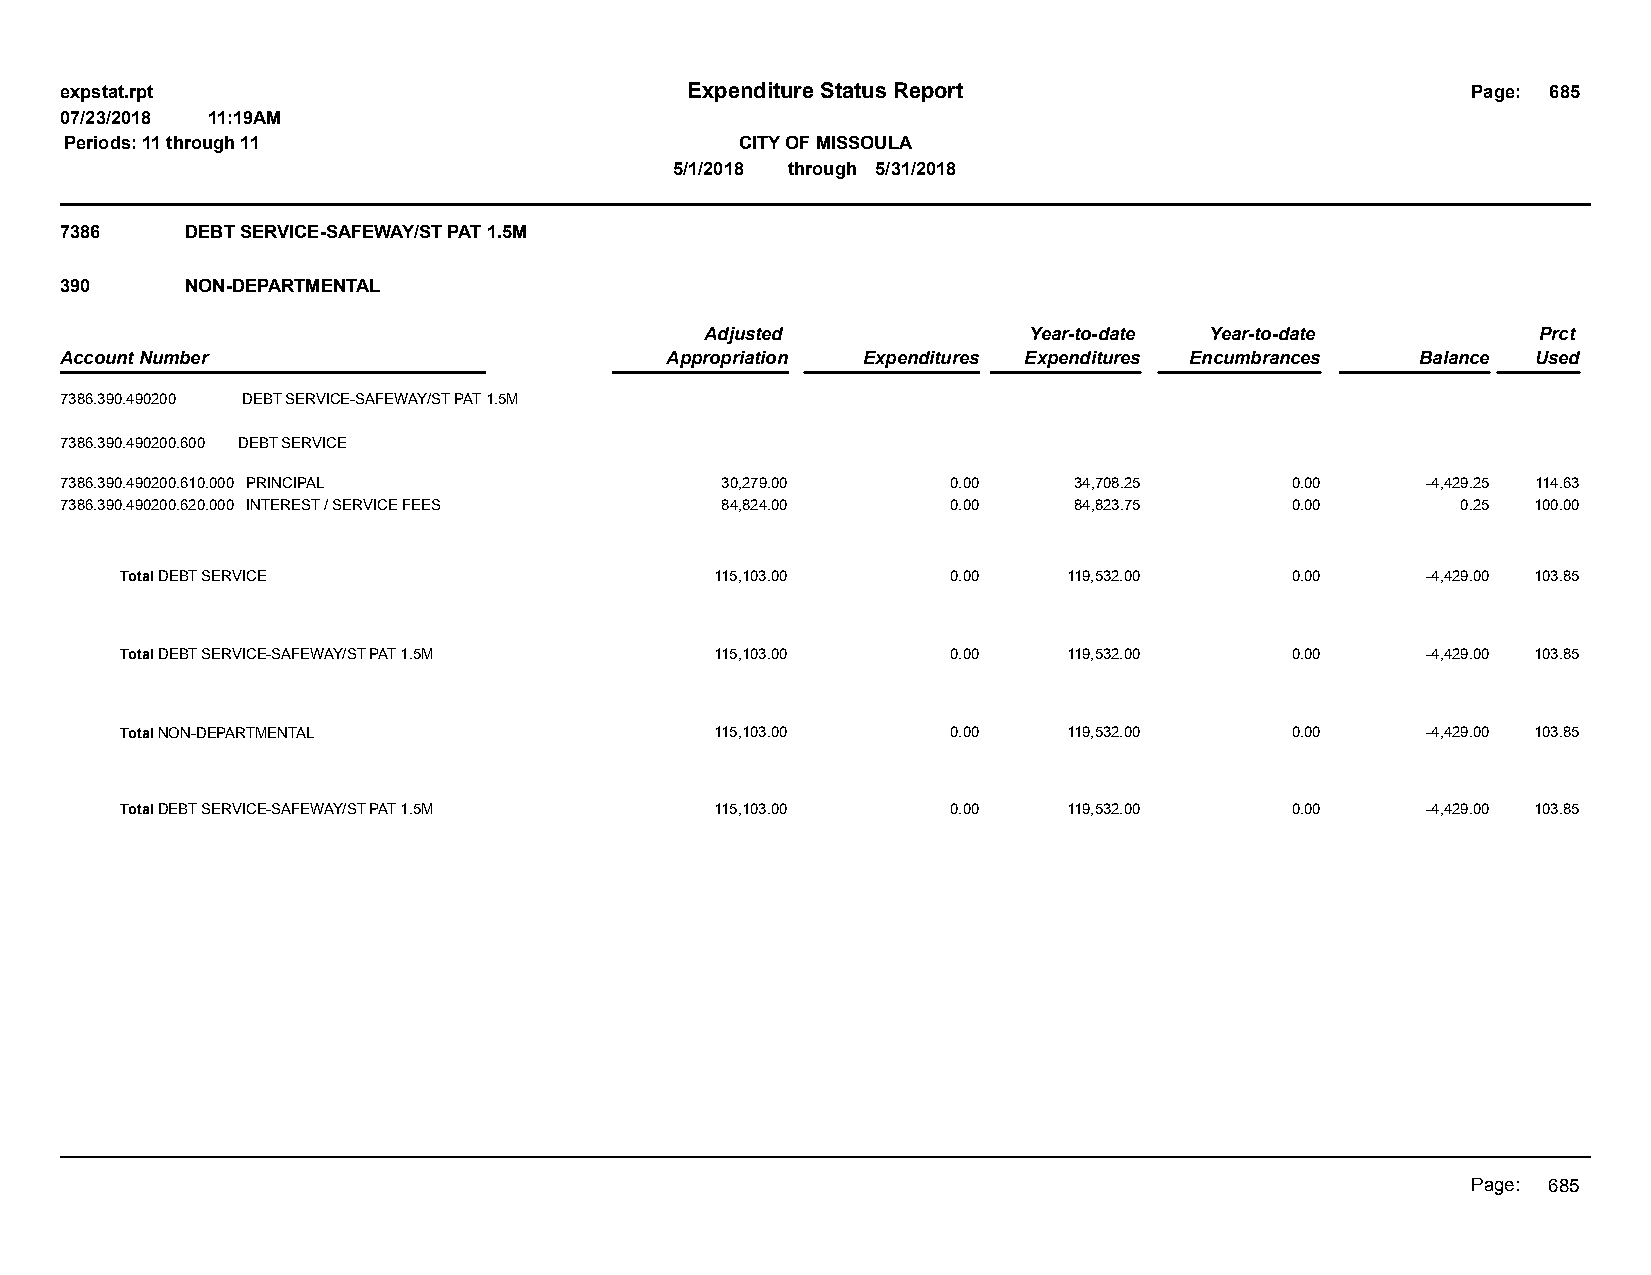
expstat.rpt                              Expenditure Status Report                           Page: 685
 07/23/2018 11:19AM
 Periods: 11 through 11                       CITY OF MISSOULA
 5/1/2018 through 5/31/2018
 7386    DEBT SERVICE-SAFEWAY/ST PAT 1.5M
 390     NON-DEPARTMENTAL
 Adjusted             Year-to-date Year-to-date         Prct
 Account Number                          Appropriation Expenditures Expenditures Encumbrances Balance Used
 7386.390.490200 DEBT SERVICE-SAFEWAY/ST PAT 1.5M
 7386.390.490200.600 DEBT SERVICE
 7386.390.490200.610.000 PRINCIPAL           30,279.00      0.00    34,708.25     0.00     -4,429.25 114.63
 7386.390.490200.620.000 INTEREST / SERVICE FEES 84,824.00  0.00    84,823.75     0.00        0.25 100.00
 Total DEBT SERVICE                     115,103.00      0.00    119,532.00    0.00     -4,429.00 103.85
 Total DEBT SERVICE-SAFEWAY/ST PAT 1.5M 115,103.00      0.00    119,532.00    0.00     -4,429.00 103.85
 Total NON-DEPARTMENTAL                 115,103.00      0.00    119,532.00    0.00     -4,429.00 103.85
 Total DEBT SERVICE-SAFEWAY/ST PAT 1.5M 115,103.00      0.00    119,532.00    0.00     -4,429.00 103.85
 Page: 685